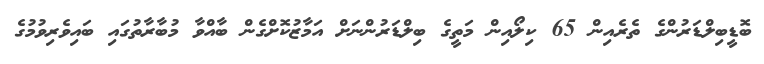
ބޮޑީބިލްޑަރުންގެ ތެރެއިން 65 ކިލޯއިން މަތީގެ ބިލްޑަރުންނަށް އަމާޒުކޮށްގެން ބާއްވާ މުބާރާތުގައި ބައިވެރިވުމުގެ